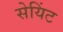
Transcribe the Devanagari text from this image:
सेयिंट